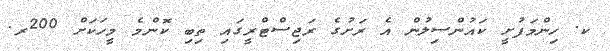
ކ. ހިންމަފުށީ ކައުންސިލުން އެ ރަށުގެ ރަޖިސްޓްރީގައި ތިބި ކޮންމެ މީހަކަށް 200ރ.